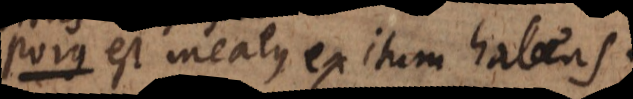
s est meatus exitum habens.